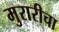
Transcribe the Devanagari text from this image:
मुरारीचा